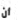
أن